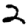
Digit: 2